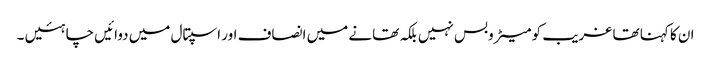
ان کا کہنا تھا غریب کو میٹروبس نہیں بلکہ تھانے میں انصاف اور اسپتال میں دوائیں چاہئیں ۔